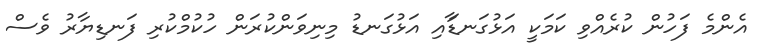
އެންމެ ފަހުން ކުރެއްވި ކަމަކީ އަޅުގަނޑާައި އަޅުގަނޑު މިނިވަންކުރަން ހުކުމްކުރި ފަނޑިޔާރު ވެސް